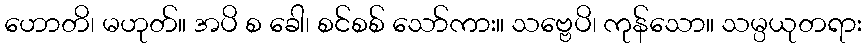
ဟောတိ၊ မဟုတ်။ အပိ စ ခေါ၊ စင်စစ် သော်ကား။ သဗ္ဗေပိ၊ ကုန်သော။ သမ္ပယုတရား